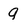
Character: 9